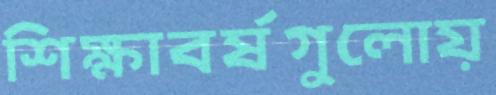
শিক্ষাবর্ষগুলোয়